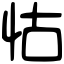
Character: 怙